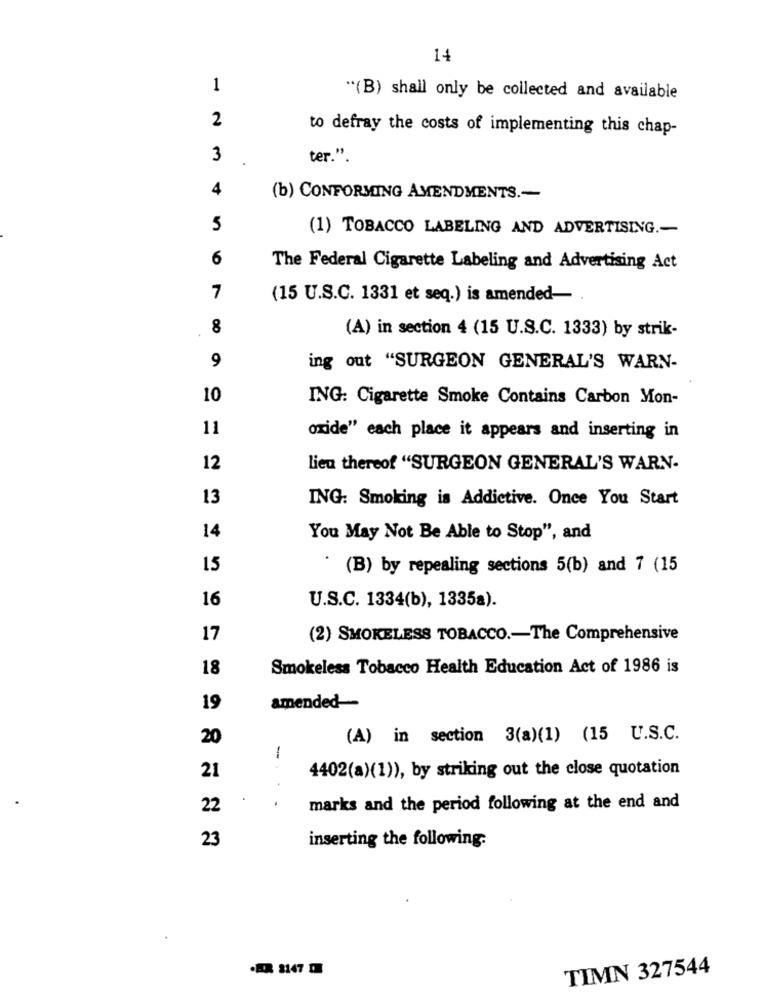
14
1
"(B) shall only be collected and available
2
to defray the costs of implementing this chap-
3
ter."
4
(b) CONFORMING AMENDMENTS .-
5
(1) TOBACCO LABELING AND ADVERTISING .-
6
The Federal Cigarette Labeling and Advertising Act
7
(15 U.S.C. 1331 et seq.) is amended-
8
(A) in section 4 (15 U.S.C. 1333) by strik-
9
ing out "SURGEON GENERAL'S WARN-
10
ING: Cigarette Smoke Contains Carbon Mon-
11
oxide" each place it appears and inserting in
12
lieu thereof "SURGEON GENERAL'S WARN.
13
ING: Smoking is Addictive. Once You Start
14
You May Not Be Able to Stop", and
15
(B) by repealing sections 5(b) and 7 (15
16
U.S.C. 1334(b), 1335a).
17
(2) SMOKELESS TOBACCO .- The Comprehensive
18
Smokeless Tobacco Health Education Act of 1986 is
19
amended --
20
(A) in section 3(a)(1) (15 U.S.C.
21
- .
4402(a)(1)), by striking out the close quotation
.
.
22
marks and the period following at the end and
23
inserting the following:
. 1147
TIMN 327544